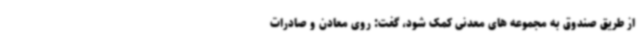
از طریق صندوق به مجموعه های معدنی کمک شود، گفت: روی معادن و صادرات